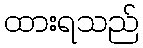
ထားရသည်